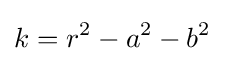
k=r^{2}-a^{2}-b^{2}